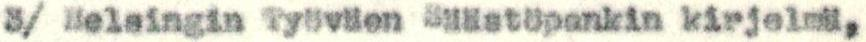
3/ Helsingin Työväen Säästöpankin kirjelmä,